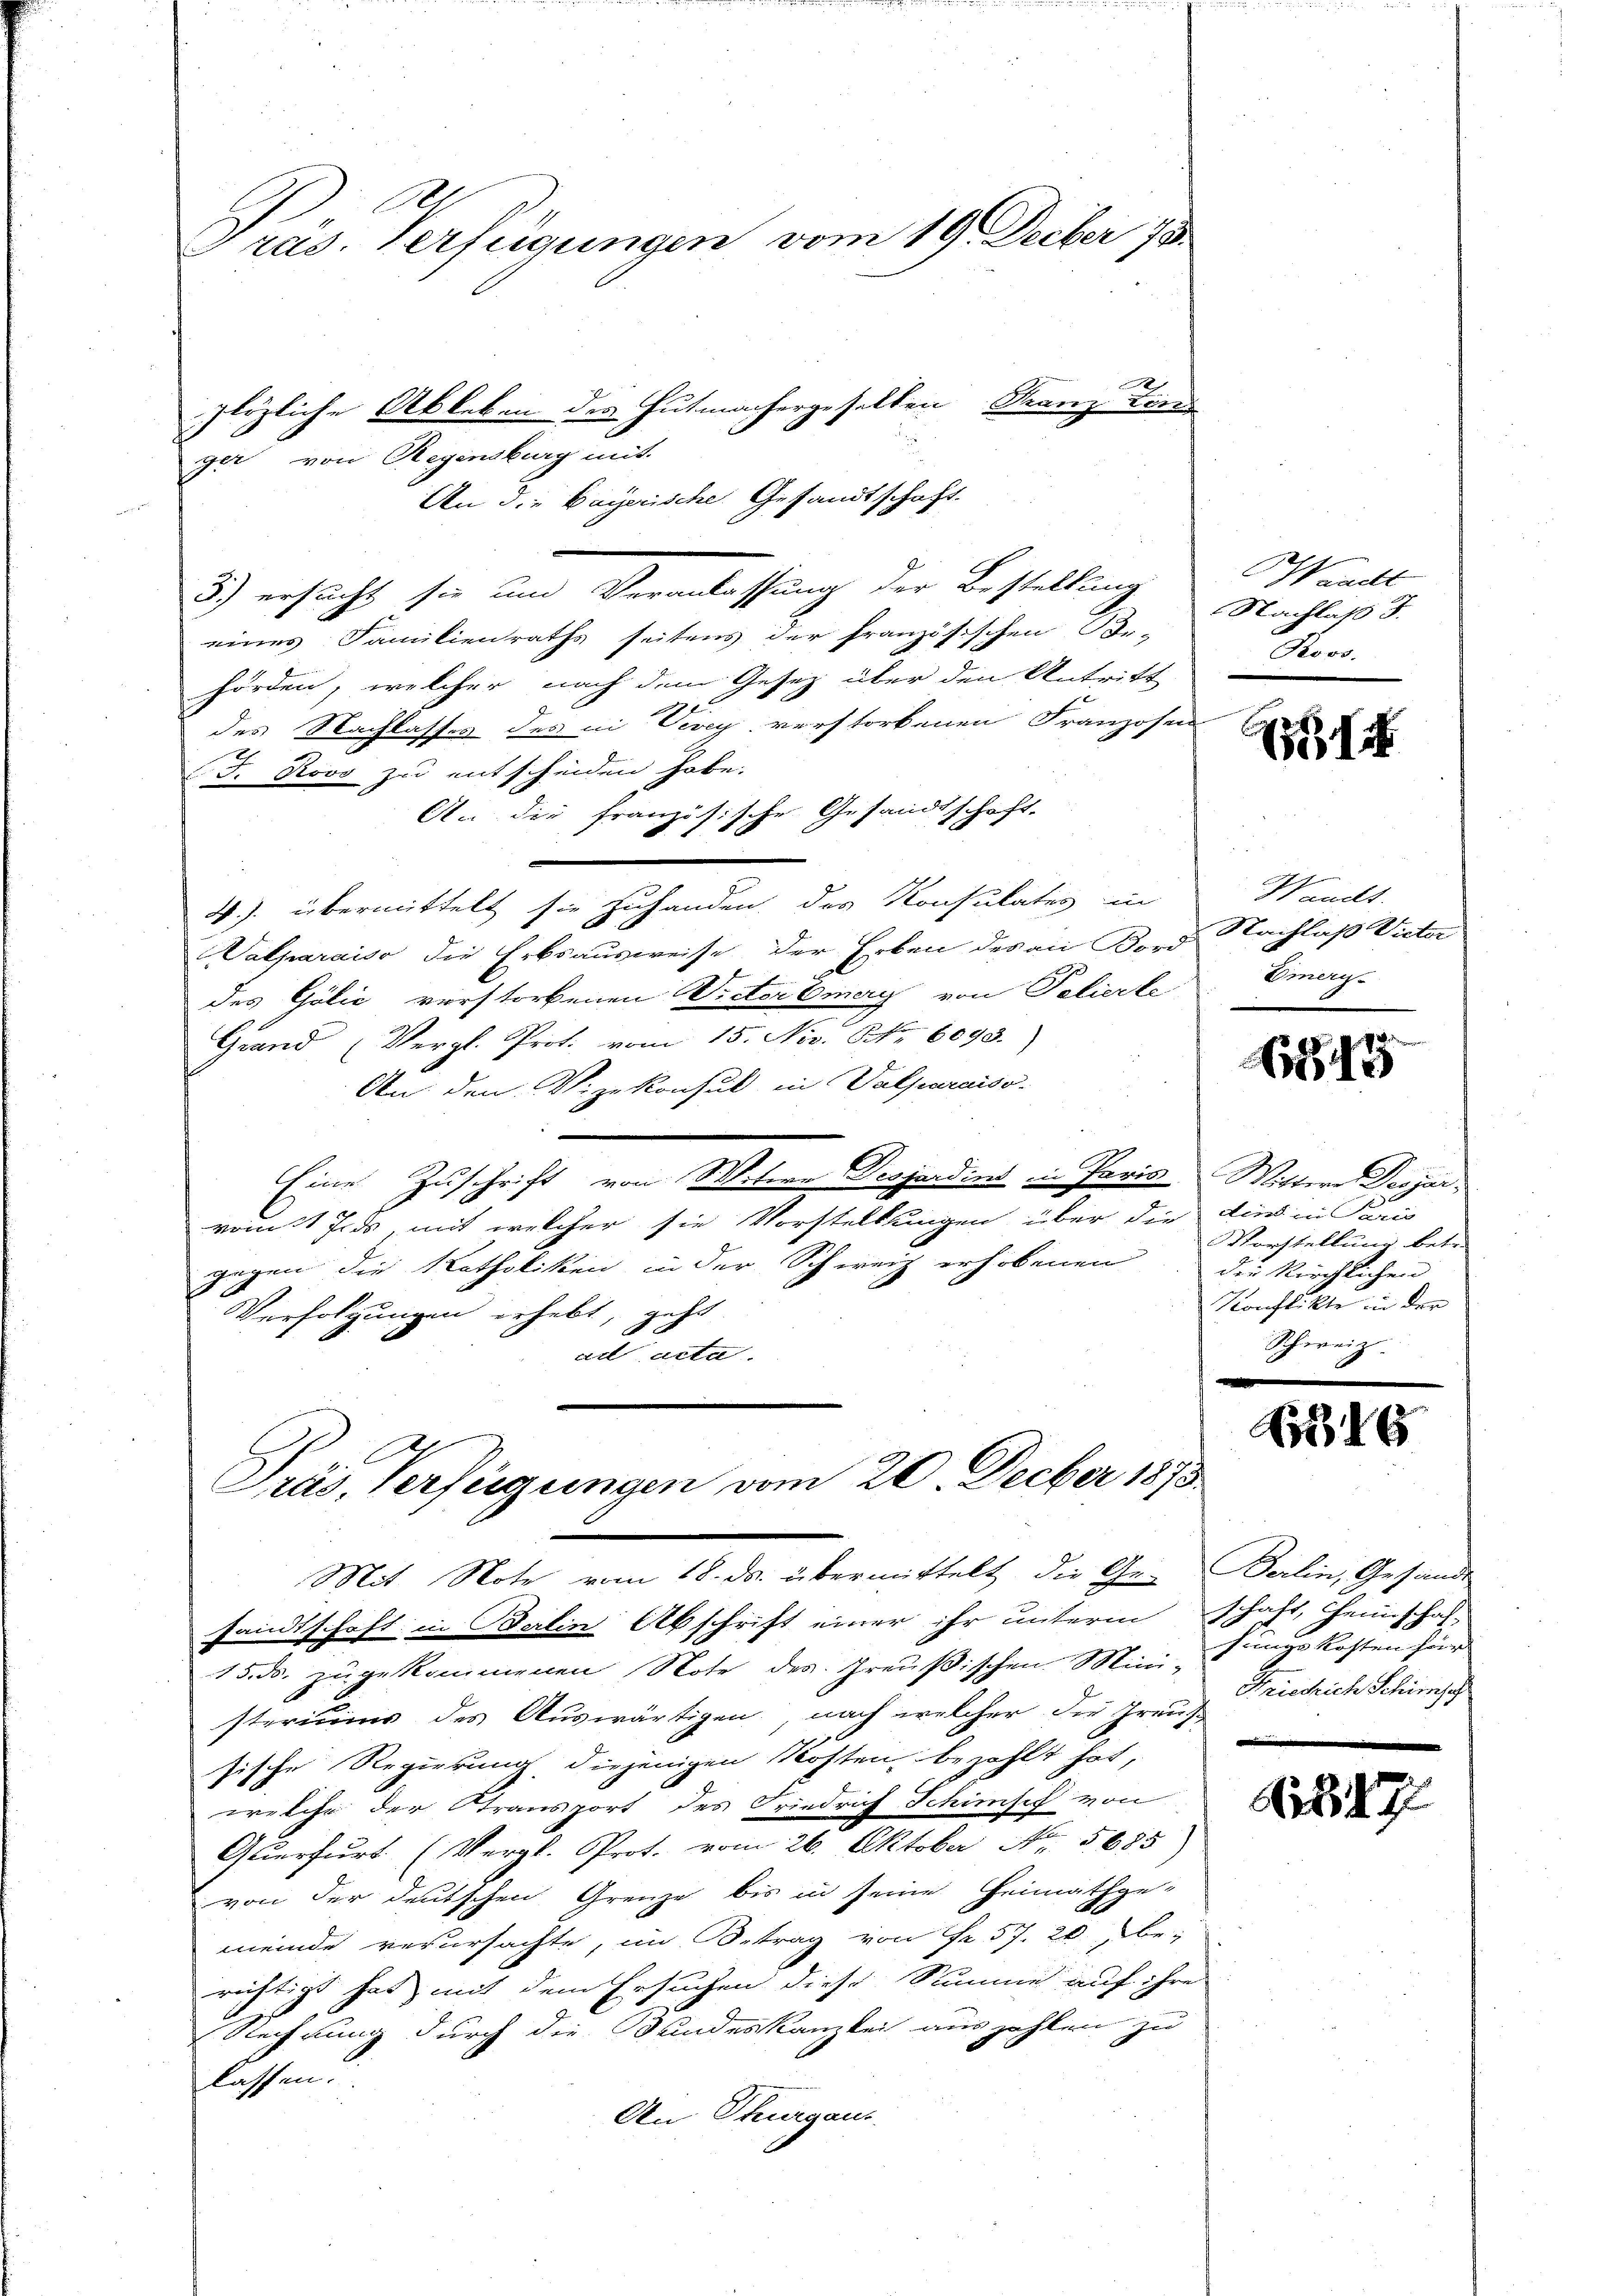
Gras. Verfügungen vom 19. Decber 78
plözliche Ableben des Gutmachergesellen Franz Kara
ger, von Regensburg mit

An die Bayerische Gesandtschaft
5) ersucht, sie und Veranlassung der Bestellung
eines Familienraths seitens der französischen Be-
hörden, welcher nach dem Gesetz über den Antritt
des Nachlassen des in Virg, verstorbenen Franzosen
F. Rovo zu entscheiden habe.
An die französische Gesandtschaft-
4.). übermittelt sie zuhanden des Konsulates in
Valparaiso die Erbsausweise der Erben des an Bord
des Gölić verstorbenen Widerbmery von Polierte
Grand (Vergl. Prof. vom 15. Nov. Nr. 6093.
An den Vizekonsul in Valparaiso
Eine Zuschrift von Witere Desjardins in Paris Wittere Desjarvom 1 Jus, mit welcher sie Vorstellungen über die dies in Paris
gegen die Katholiken in der Schweiz erhobenen
Verfolgungen erhebt, geht
ad acta.

E
Präs. Verfügungen vom 20. Decber 1873
Mit Note vom 18. ds. übermittelt, die Ge- Berlin, Gestande

sandtschaft in Balin Abschrift einer ihr unterm schaft, Heimschaf-
15. ds. zugekommenen Note des Preußischen Mini-Singskosten her
steriums des Auswärtigen, nach welcher die Graus
sische Regierung, diejenigen Kosten, bezahlt hat,
welche der Stransport des Friedrich Schisch von
Querfurt (Vergl. Prot. vom 26. Oktober No. 5685)
von der deutschen Grenze bis in seine Heimathge-
meinde verursachte, im Betrag von Fr. 57. 20. berichtigt hat mit dem Ersuchen diese Summe auf ihre
Rechnung durch die Bundeskanzlei auszahlen zu
lassen.
An Thurgaus

Waadt
Nachlaß F.
Rovs.

Waucht.
Nachlaß Vieter
Emeri¬

11

Worstellung betr.
der Kirchlichen
Konflikte in der
Schweiz.

6

Friedrich Schimo

i